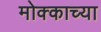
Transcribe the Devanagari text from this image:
मोक्काच्या